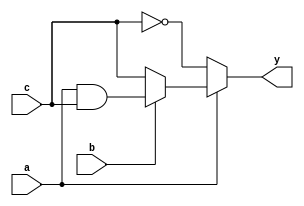
`timescale 1ns / 1ps
module opt_check4 (input a , input b , input c , output y);
	assign y = a?(b?(a & c ):c):(!c);
endmodule